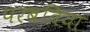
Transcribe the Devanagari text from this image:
परंबतिया